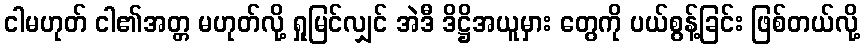
ငါမဟုတ် ငါ၏အတ္တ မဟုတ်လို့ ရှုမြင်လျှင် အဲဒီ ဒိဋ္ဌိအယူမှား တွေကို ပယ်စွန့်ခြင်း ဖြစ်တယ်လို့